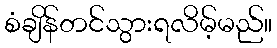
စံချိန်တင်သွားရလိမ့်မည်။